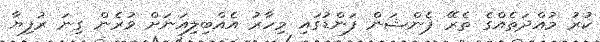
ކުރު މުއްދަތެއްގެ ތެރޭ ޕެންޝަން ފަންޑުގައި މިހާރު އެއްބިލިއަނަށް ވުރެން ގިނަ ރުފިޔާ